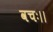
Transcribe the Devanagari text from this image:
वचः।।